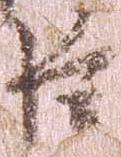
臣